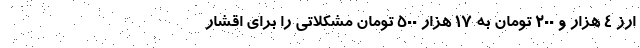
ارز ۴ هزار و ۲۰۰ تومان به ۱۷ هزار ۵۰۰ تومان مشکلاتی را برای اقشار